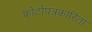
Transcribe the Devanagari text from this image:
फोटोपत्रकारिता